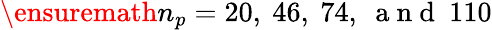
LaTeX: \ensuremath{n_{p}}=20,\ 46,\ 74,\ \mathrm{~a~n~d~}\ 110